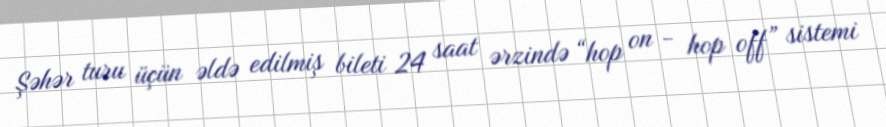
Şəhər turu üçün əldə edilmiş bileti 24 saat ərzində “hop on - hop off” sistemi